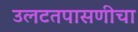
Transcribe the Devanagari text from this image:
उलटतपासणीचा